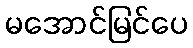
မအောင်မြင်ပေ